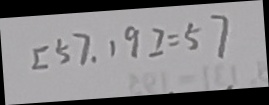
[ 5 7 , 1 9 ] = 5 7